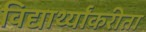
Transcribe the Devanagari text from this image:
विद्यार्थ्यांकरीता